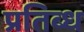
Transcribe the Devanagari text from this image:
प्रतिब्ध